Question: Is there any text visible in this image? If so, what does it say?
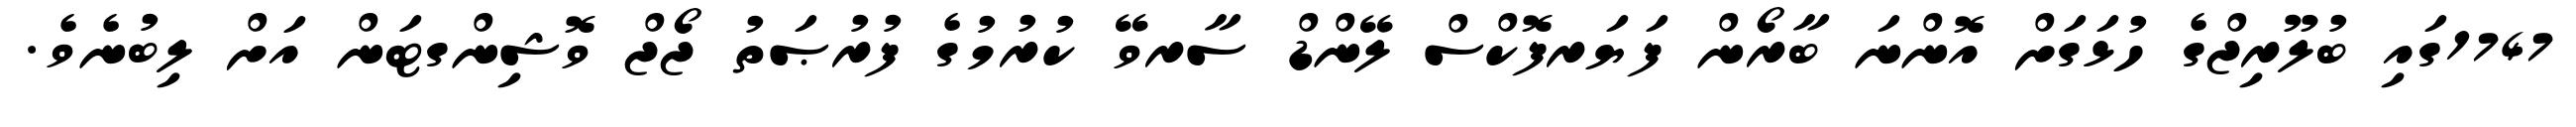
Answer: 1747ގައި ބުލޫރިޖްގެ ހުޅަގަށް އޮންނަ ބާރޯން ފަޔަރފޮކްސް ލޭންޑް ސާރވޭ ކުރުމުގެ ފުރުޞަތު ޖޯޖް ވޮޝިންގޓަން އަށް ލިބުނެވެ.